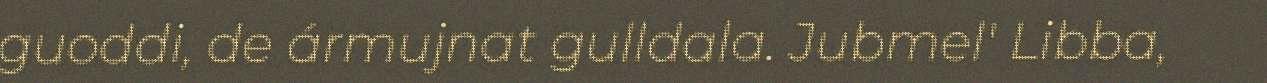
guoddi, de ármujnat gulldala. Jubmel' Libba,